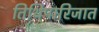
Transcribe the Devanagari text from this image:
तिथिपारिजात